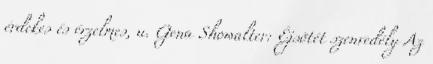
érdekes és érzelmes, u. Gena Showalter: Éjsötét szenvedély Az